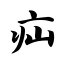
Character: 疝